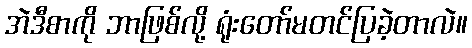
အဲဒီစာကို ဘာဖြစ်လို့ ရုံးတော်မတင်ပြခဲ့တာလဲ။